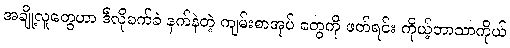
အချို့လူတွေဟာ ဒီလိုခက်ခဲ နက်နဲတဲ့ ကျမ်းစာအုပ် တွေကို ဖတ်ရင်း ကိုယ့်ဘာသာကိုယ်